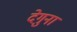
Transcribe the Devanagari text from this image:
देगुना